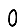
Digit: 0